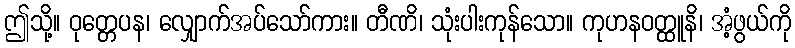
ဤသို့။ ဝုတ္တေပန၊ လျှောက်အပ်သော်ကား။ တီဏိ၊ သုံးပါးကုန်သော။ ကုဟနဝတ္ထူနိ၊ အံ့ဖွယ်ကို